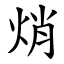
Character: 焇